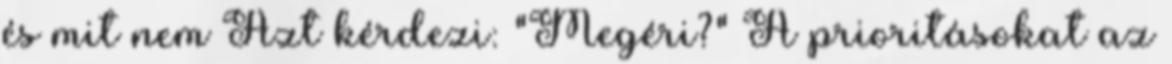
és mit nem Azt kérdezi: "Megéri?" A prioritásokat az